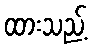
ထားသည့်